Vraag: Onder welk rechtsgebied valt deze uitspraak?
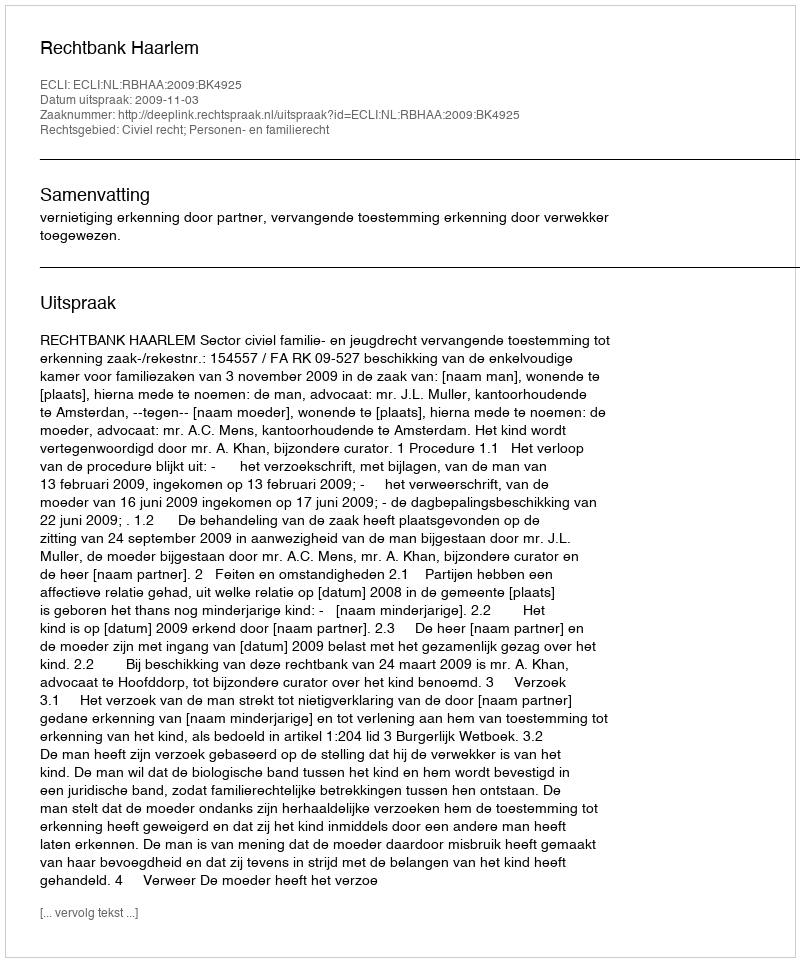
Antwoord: Civiel recht; Personen- en familierecht